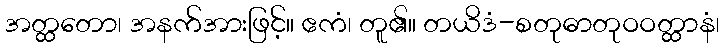
အတ္ထတော၊ အနက်အားဖြင့်။ ဧကံ၊ တူ၏။ တယိဒံ-စတုဓာတုဝဝတ္ထာနံ၊